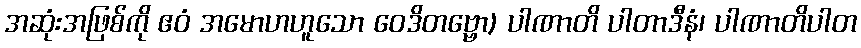
အဆုံးအဖြစ်ကို ဧဝံ အမောဟဟူသော ဝေဒိတဗ္ဗော) ပါဏာတိ ပါတာဒီနံ၊ ပါဏာတိပါတ